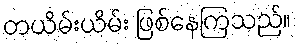
တယိမ်းယိမ်း ဖြစ်နေကြသည်။